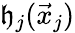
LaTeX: \mathfrak{h}_{j}(\vec{{x}}_{j})